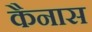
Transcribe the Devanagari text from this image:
कैनास